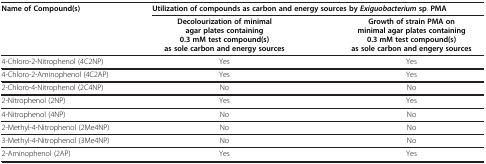
| Name of Compound(s) | <COLSPAN=2> Utilization of compounds as carbon and energy sources by Exiguobacterium sp. PMA |
 |  | Decolourization of minimal agar plates containing 0.3 mM test compound(s) as sole carbon and energy sources | Growth of strain PMA on minimal agar plates containing 0.3 mM test compound(s) as sole carbon and engery sources |
 | --- | --- | --- |
 | 4-Chloro-2-Nitrophenol (4C2NP) | Yes | Yes |
 | 4-Chloro-2-Aminophenol (4C2AP) | Yes | Yes |
 | 2-Chloro-4-Nitrophenol (2C4NP) | No | No |
 | 2-Nitrophenol (2NP) | Yes | Yes |
 | 4-Nitrophenol (4NP) | No | No |
 | 2-Methyl-4-Nitrophenol (2Me4NP) | No | No |
 | 3-Methyl-4-Nitrophenol (3Me4NP) | No | No |
 | 2-Aminophenol (2AP) | Yes | Yes |